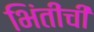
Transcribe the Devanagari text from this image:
भिंतींची